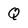
Character: Q